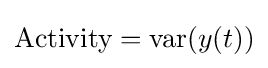
{\text{Activity}}={\text{var}}(y(t))